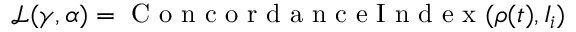
\mathcal { L } ( \gamma , \alpha ) = \mathrm { ~ C ~ o ~ n ~ c ~ o ~ r ~ d ~ a ~ n ~ c ~ e ~ I ~ n ~ d ~ e ~ x ~ } ( \rho ( t ) , I _ { i } )